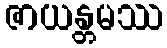
ဇာယန္တမဿ